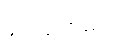
ဖွဲ့ပြပါတယ်။